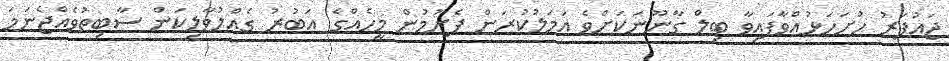
ޖައުފަރު ހުށަހަޅުއްވާފައިވާ ބިލް ގާނޫނަކަށްވެ އަމަލުކުރަން ފެށުމުން މީހެއްގެ އަބުރު ގެއްލުވާލިކަން ސާބިތުވެއްޖެނަމަ